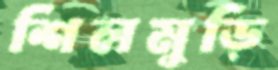
শিলমুড়ি